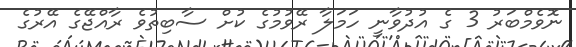
ނޮވެމްބަރު 3 ގެ އުދުވާނީ ހަމަލާ ރޭވުމުގެ ކުށް ސާބިތުވެ ރާއްޖޭގެ އޭރުގެ